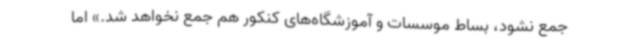
جمع نشود، بساط موسسات و آموزشگاه‌های کنکور هم جمع نخواهد شد.» اما